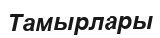
Тамырлары